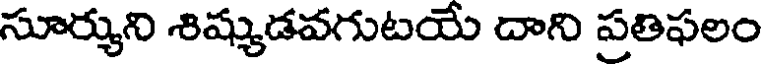
సూర్యుని శిష్యుడవగుటయే దాని ప్రతిఫలం